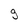
Character: g